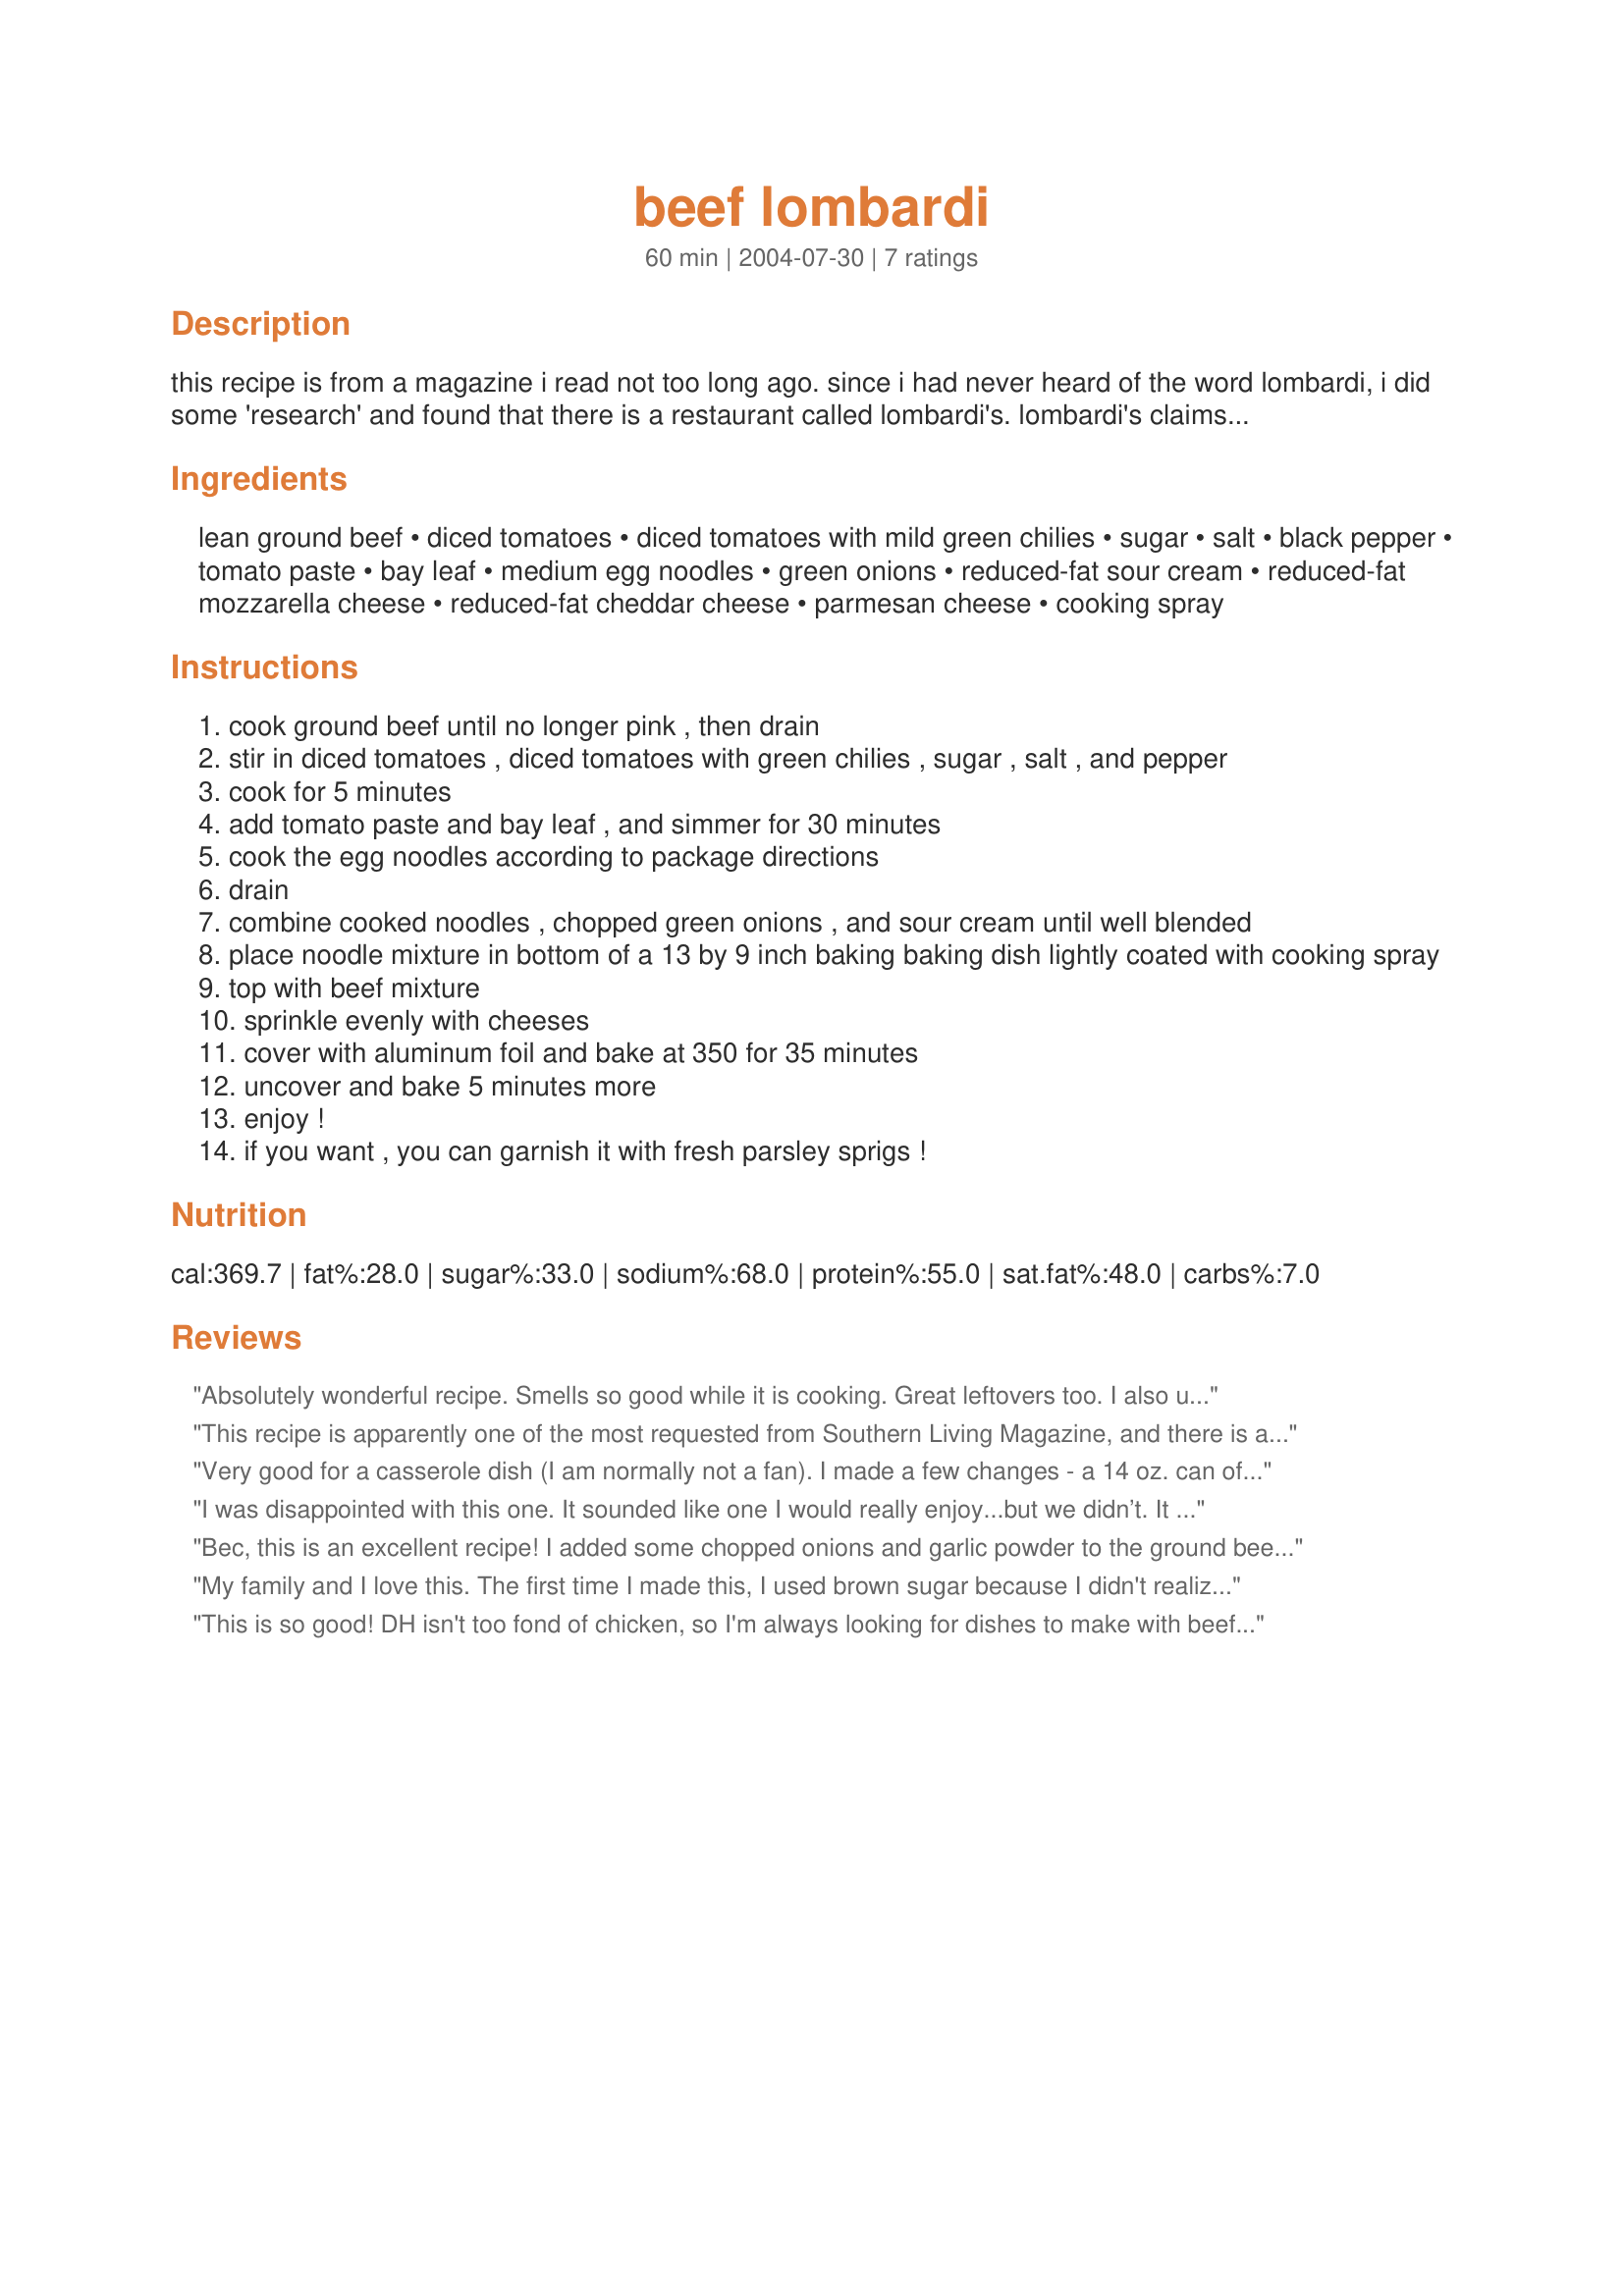
beef lombardi
Preparation time: 60 minutes

this recipe is from a magazine i read not too long ago. since i had never heard of the word lombardi, i did some 'research' and found that there is a restaurant called lombardi's. lombardi's claims to be america's oldest pizzeria (it opened in 1897 in new york). it is still popular because of its

Ingredients:
lean ground beef, diced tomatoes, diced tomatoes with mild green chilies, sugar, salt, black pepper, tomato paste, bay leaf, medium egg noodles, green onions, reduced-fat sour cream, reduced-fat mozzarella cheese, reduced-fat cheddar cheese, parmesan cheese, cooking spray

Steps:
cook ground beef until no longer pink , then drain
stir in diced tomatoes , diced tomatoes with green chilies , sugar , salt , and pepper
cook for 5 minutes
add tomato paste and bay leaf , and simmer for 30 minutes
cook the egg noodles according to package directions
drain
combine cooked noodles , chopped green onions , and sour cream until well blended
place noodle mixture in bottom of a 13 by 9 inch baking baking dish lightly coated with cooking spray
top with beef mixture
sprinkle evenly with cheeses
cover with aluminum foil and bake at 350 for 35 minutes
uncover and bake 5 minutes more
enjoy !
if you want , you can garnish it with fresh parsley sprigs !

Reviews:
Absolutely wonderful recipe. Smells so good while it is cooking. Great leftovers too. I also use sirloin strips instead of ground beef sometimes.
This recipe is apparently one of the most requested from Southern Living Magazine, and there is a reason why--it is FANTASTIC. I used full fat cheese. It's a little different than the ho-hum Italian beef bakes. Thanks for making sure everyone has this one here!
Very good for a casserole dish (I am normally not a fan). I made a few changes - a 14 oz. can of diced tomatoes and chiles, more black pepper, some cayenne added to beef/tomato mixture (just to taste) and garlic powder mixed in with the noodles, sour cream and green onions. My comfort food loving BF drooled, always a good thing.
I was disappointed with this one. It sounded like one I would really enjoy...but we didn’t. It was too cheesy for my wife, though I loved the cheese...but the taste of it wasn’t so good. I followed the directions exactly except for the chilies...maybe that’s what made it not taste so good. I may try it again with them and see.
Bec, this is an excellent recipe! I added some chopped onions and garlic powder to the ground beef and I didn't use all of the tomato paste.I also increased the noodles to about 12 oz. so I could have enough for leftovers. Thanks for a great recipe...this is a keeper!
My family and I love this. The first time I made this, I used brown sugar because I didn't realize until the very last minute that I was out of granulated.

When I made it the second time, I decided to stick with the brown sugar, since it tasted great the first time around.
This is so good! DH isn't too fond of chicken, so I'm always looking for dishes to make with beef. This was definitely a winner! Had just enough spice to it. Thanks for sharing.
